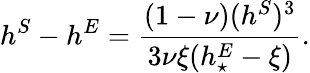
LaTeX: h^{S}-h^{E}=\displaystyle\frac{(1-\nu)(h^{S})^{3}}{3\nu\xi(h_{\star}^{E}-\xi)}.